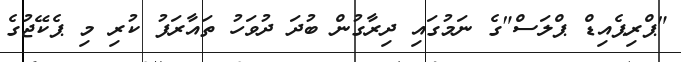
"ޕްރިޕެއިޑް ޕްލަސް"ގެ ނަމުގައި ދިރާގުން ބުދަ ދުވަހު ތައާރަފު ކުރި މި ޕެކޭޖުގެ